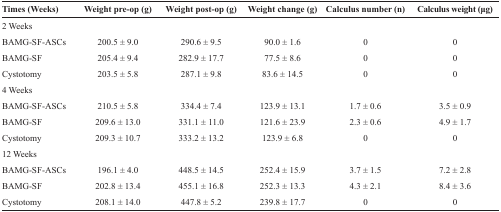
<table><thead><tr><td><b>Times (Weeks)</b></td><td><b>Weight pre-op (g)</b></td><td><b>Weight post-op (g)</b></td><td><b>Weight change (g)</b></td><td><b>Calculus number (n)</b></td><td><b>Calculus weight (μg)</b></td></tr></thead><tbody><tr><td>2 Weeks</td><td></td><td></td><td></td><td></td><td></td></tr><tr><td>BAMG-SF-ASCs</td><td>200.5 ± 9.0</td><td>290.6 ± 9.5</td><td>90.0 ± 1.6</td><td>0</td><td>0</td></tr><tr><td>BAMG-SF</td><td>205.4 ± 9.4</td><td>282.9 ± 17.7</td><td>77.5 ± 8.6</td><td>0</td><td>0</td></tr><tr><td>Cystotomy</td><td>203.5 ± 5.8</td><td>287.1 ± 9.8</td><td>83.6 ± 14.5</td><td>0</td><td>0</td></tr><tr><td>4 Weeks</td><td></td><td></td><td></td><td></td><td></td></tr><tr><td>BAMG-SF-ASCs</td><td>210.5 ± 5.8</td><td>334.4 ± 7.4</td><td>123.9 ± 13.1</td><td>1.7 ± 0.6</td><td>3.5 ± 0.9</td></tr><tr><td>BAMG-SF</td><td>209.6 ± 13.0</td><td>331.1 ± 11.0</td><td>121.6 ± 23.9</td><td>2.3 ± 0.6</td><td>4.9 ± 1.7</td></tr><tr><td>Cystotomy</td><td>209.3 ± 10.7</td><td>333.2 ± 13.2</td><td>123.9 ± 6.8</td><td>0</td><td>0</td></tr><tr><td>12 Weeks</td><td></td><td></td><td></td><td></td><td></td></tr><tr><td>BAMG-SF-ASCs</td><td>196.1 ± 4.0</td><td>448.5 ± 14.5</td><td>252.4 ± 15.9</td><td>3.7 ± 1.5</td><td>7.2 ± 2.8</td></tr><tr><td>BAMG-SF</td><td>202.8 ± 13.4</td><td>455.1 ± 16.8</td><td>252.3 ± 13.3</td><td>4.3 ± 2.1</td><td>8.4 ± 3.6</td></tr><tr><td>Cystotomy</td><td>208.1 ± 14.0</td><td>447.8 ± 5.2</td><td>239.8 ± 17.7</td><td>0</td><td>0</td></tr></tbody></table>